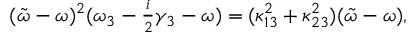
\begin{array} { r } { ( \tilde { \omega } - \omega ) ^ { 2 } ( \omega _ { 3 } - \frac { i } { 2 } \gamma _ { 3 } - \omega ) = ( \kappa _ { 1 3 } ^ { 2 } + \kappa _ { 2 3 } ^ { 2 } ) ( \tilde { \omega } - \omega ) , } \end{array}